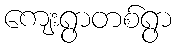
ကျေးရွာတစ်ရွာ